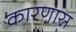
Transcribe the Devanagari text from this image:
कारणास